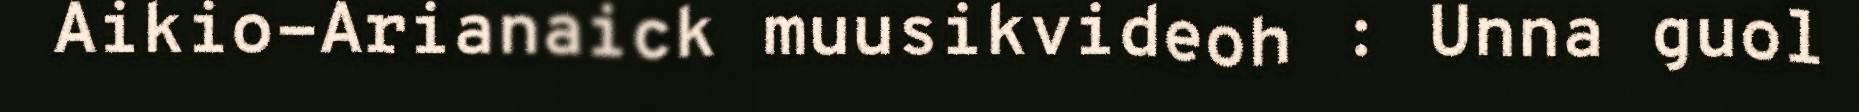
Aikio-Arianaick muusikvideoh : Unna guol